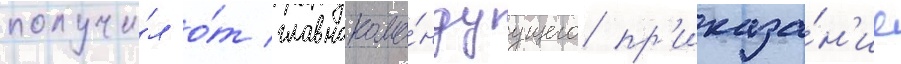
получи́л о́т главнокома́ндуущего пр'иказа́н'ие